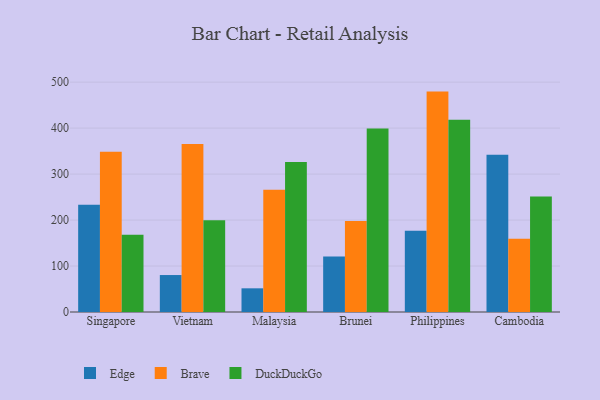
{"axis": {"x": "Country", "y": "Operating Costs (USD K)"}, "legend": ["Brave", "DuckDuckGo", "Edge"], "data": [{"x": "Singapore", "y": 233.1, "type": "Edge"}, {"x": "Singapore", "y": 348.4, "type": "Brave"}, {"x": "Singapore", "y": 167.8, "type": "DuckDuckGo"}, {"x": "Vietnam", "y": 80.4, "type": "Edge"}, {"x": "Vietnam", "y": 365.2, "type": "Brave"}, {"x": "Vietnam", "y": 199.8, "type": "DuckDuckGo"}, {"x": "Malaysia", "y": 51.5, "type": "Edge"}, {"x": "Malaysia", "y": 266.1, "type": "Brave"}, {"x": "Malaysia", "y": 326.2, "type": "DuckDuckGo"}, {"x": "Brunei", "y": 120.7, "type": "Edge"}, {"x": "Brunei", "y": 198.2, "type": "Brave"}, {"x": "Brunei", "y": 399.0, "type": "DuckDuckGo"}, {"x": "Philippines", "y": 176.7, "type": "Edge"}, {"x": "Philippines", "y": 479.4, "type": "Brave"}, {"x": "Philippines", "y": 418.3, "type": "DuckDuckGo"}, {"x": "Cambodia", "y": 342.1, "type": "Edge"}, {"x": "Cambodia", "y": 159.1, "type": "Brave"}, {"x": "Cambodia", "y": 251.5, "type": "DuckDuckGo"}]}